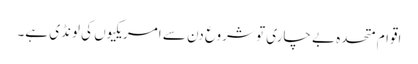
اقوام متحدہ بے چاری تو شروع دن سے امریکیوں کی لونڈی ہے۔